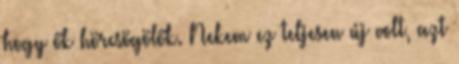
hogy ők hörcsögölők. Nekem ez teljesen új volt, azt